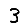
Digit: 3